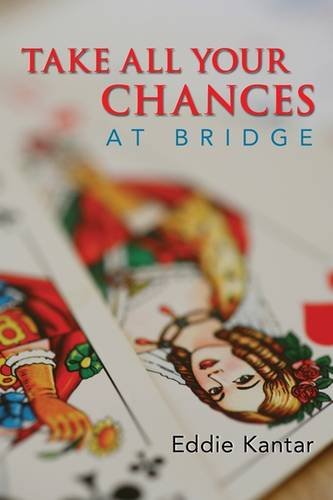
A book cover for Take All Your Chances at Bridge; Eddie Kantar; Humor & Entertainment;